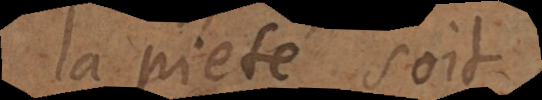
la pieté soit